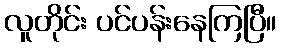
လူတိုင်း ပင်ပန်းနေကြပြီ။